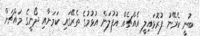
ބުނީ ކެރޭނު ފުރޮޅައިލީ އެއްޗެއް އުފުލަން އުޅުމުގެ ތެރޭގައި ކަމަށާއި ދޯނީގެ މައްޗަށް